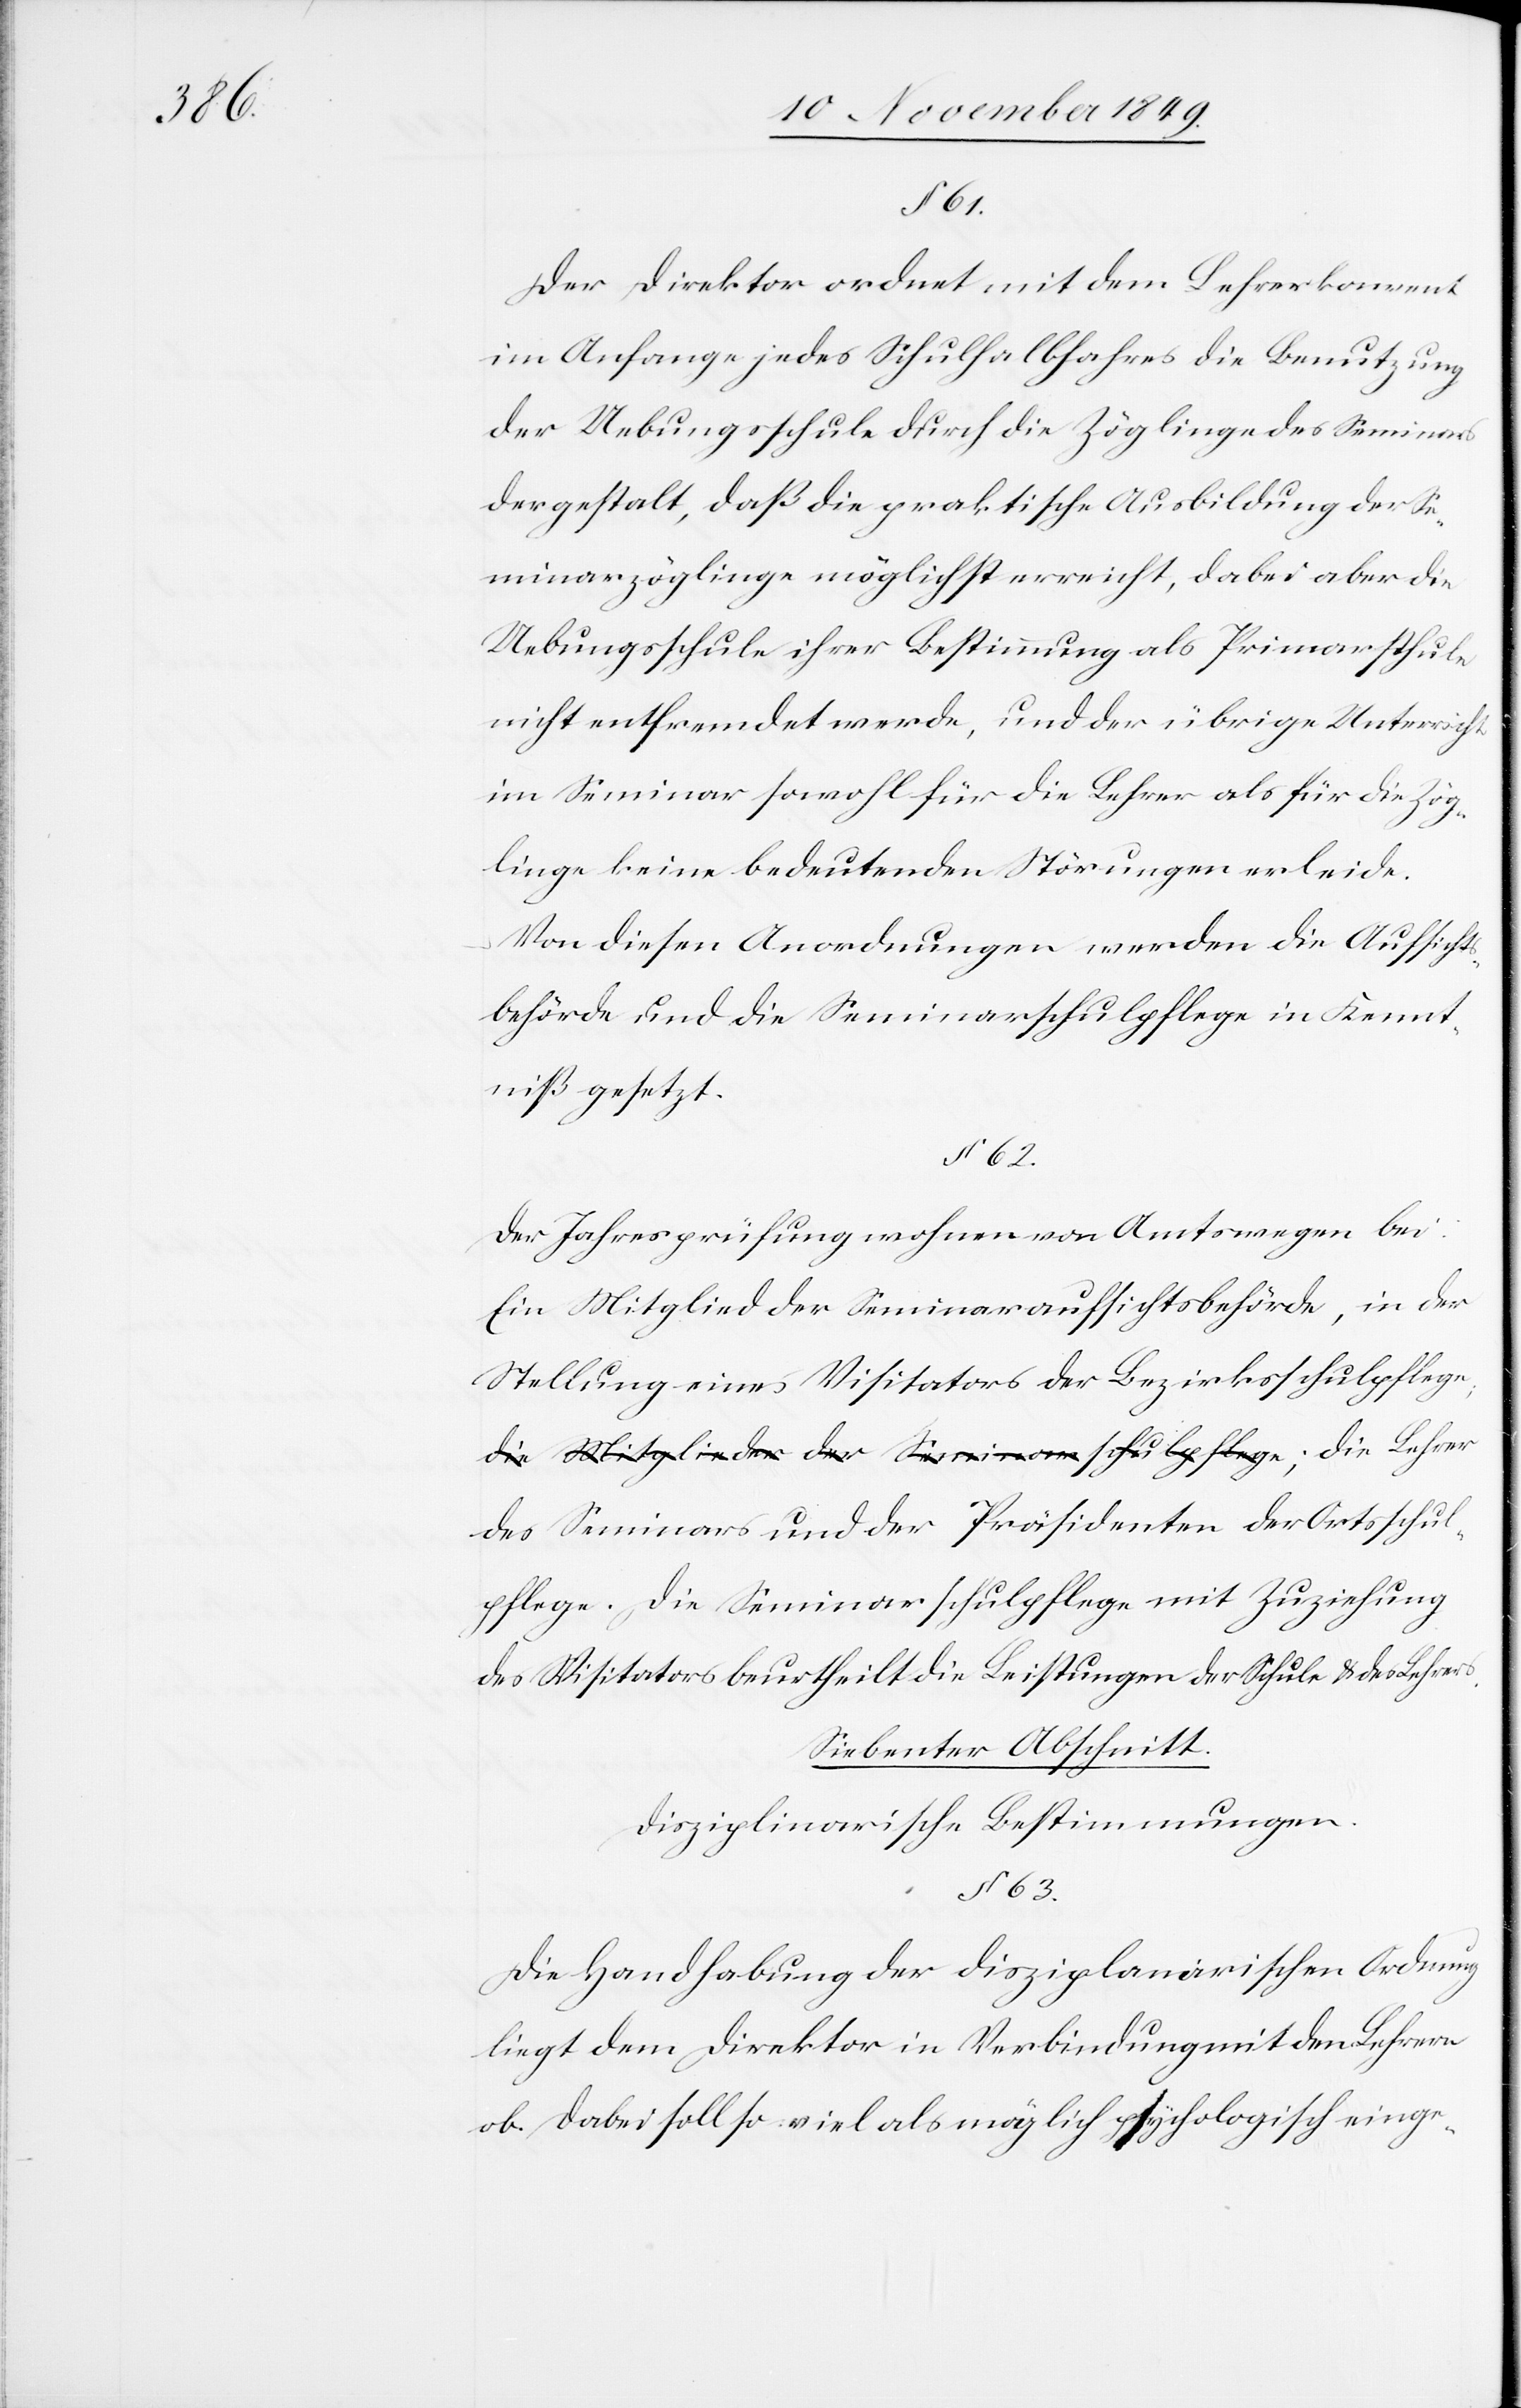
§ 62.
Der Direktor ordnet mit dem Lehrerkonvent
im Anfange jedes Schulhalbjahres die Benutzung
der Uebungsschule durch die Zöglinge des Seminars
dergestalt, daß die praktische Ausbildung der Se¬
minarzöglinge möglichst erreicht, dabei aber die
Uebungsschule ihrer Bestimmung als Primarschule
nicht entfremdet werde, und der übrige Unterricht
im Seminar sowohl für die Lehrer als für die Zög¬
linge keine bedeutenden Störungen erleide.
Von diesen Anordnungen werden die Aufsichts¬
behörde und die Seminarschulpflege in Kennt¬
niß gesetzt.
Der Jahresprüfung wohnen von Amtswegen bei:
Ein Mitglied der Seminaraufsichtsbehörde, in der
Stellung eines Visitators der Bezirksschulpflege;
des Seminars und der Präsidenten der Ortsschul¬
pflege. Die Seminarschulpflege mit Zuziehung
des Visitators beurtheilt die Leistungen der Schule u. des Lehrers.
Siebenter Abschnitt.
Disziplinarische Bestimmungen.
§ 63.
Die Handhabung der disziplinarischen Ordnung
liegt dem Direktor in Verbindung mit dem Lehrer
ob. Dabei soll so viel als möglich psychologisch einge-